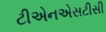
ટીએનએસટીસી